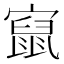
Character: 𱚔